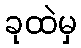
ခုထဲမှ